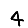
Digit: 4